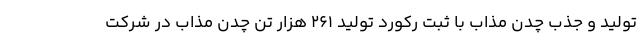
تولید و جذب چدن مذاب با ثبت رکورد تولید ۲۶۱ هزار تن چدن مذاب در شرکت